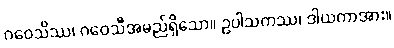
ဂဝေသိဿ၊ ဂဝေသီအမည်ရှိသော။ ဥပါသကဿ၊ ဒါယကာအား။